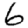
Digit: 6